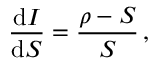
\frac { \mathrm { d } I } { \mathrm { d } S } = \frac { \rho - S } { S } \, ,